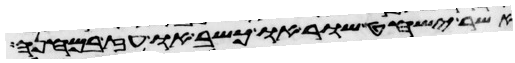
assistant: אשר ישחט שור או כשב או עז במחנה